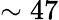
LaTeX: \sim 47